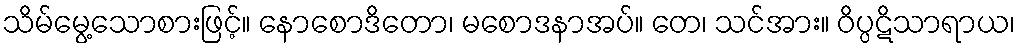
သိမ်မွေ့သောစားဖြင့်။ နောစောဒိတော၊ မစောဒနာအပ်။ တေ၊ သင်အား။ ဝိပ္ပဋိသာရာယ၊